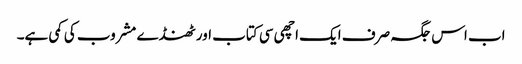
اب اس جگہ صرف ایک اچھی سی کتاب اور ٹھنڈے مشروب کی کمی ہے۔